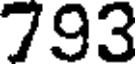
793